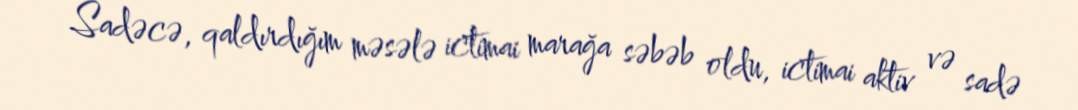
Sadəcə, qaldırdığım məsələ ictimai marağa səbəb oldu, ictimai aktiv və sadə